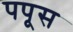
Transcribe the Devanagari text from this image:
पपूस